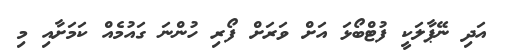
އަދި ނޭޕާލަކީ ފުޓްބޯޅަ އަށް ވަރަށް ފޯރި ހުންނަ ގައުމެއް ކަމަށާއި މި